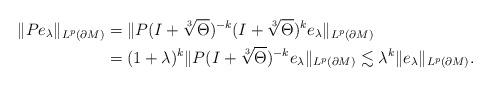
LaTeX: \begin{align*}\|P e_\lambda\|_{L^p(\partial M)}&=\|P(I+\sqrt[3]{\Theta})^{-k}(I+\sqrt[3]{\Theta})^k e_\lambda\|_{L^p(\partial M)}\\&=(1+\lambda)^k\|P(I+\sqrt[3]{\Theta})^{-k} e_\lambda\|_{L^p(\partial M)}\lesssim\lambda^k\|e_\lambda\|_{L^p(\partial M)}.\end{align*}